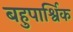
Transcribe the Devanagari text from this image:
बहुपार्श्विक